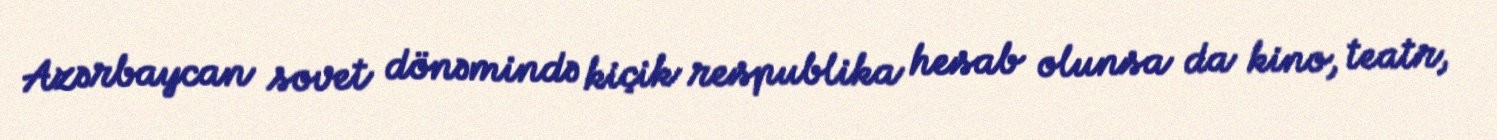
Azərbaycan sovet dönəmində kiçik respublika hesab olunsa da kino, teatr,